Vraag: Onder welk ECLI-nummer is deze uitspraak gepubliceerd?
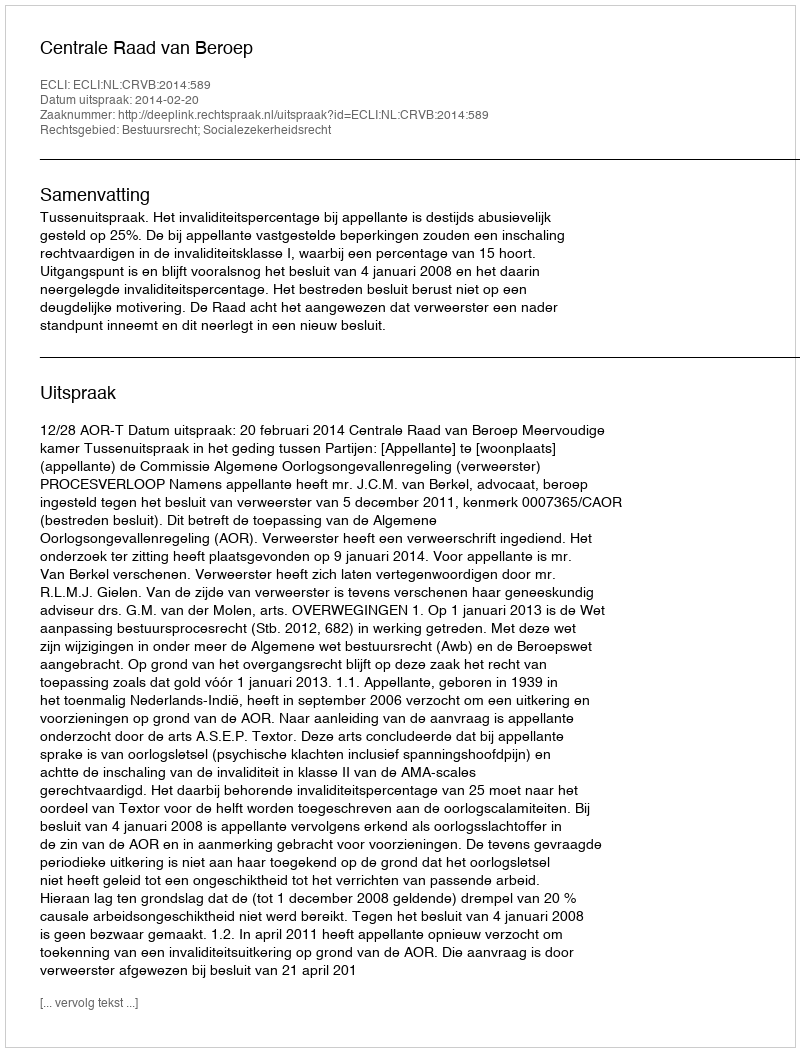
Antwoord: ECLI:NL:CRVB:2014:589